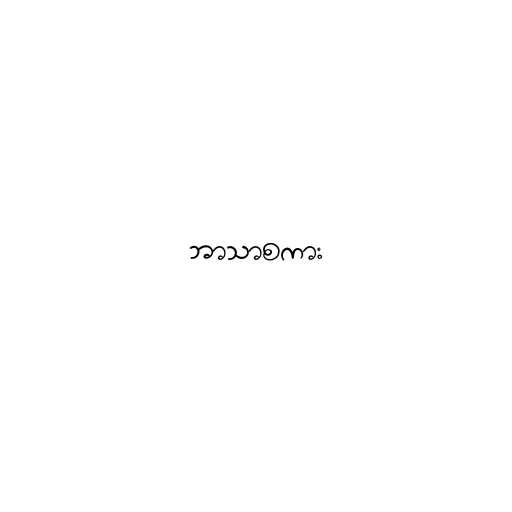
ဘာသာစကား